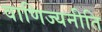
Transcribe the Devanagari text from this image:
वाणिज्यनीति